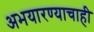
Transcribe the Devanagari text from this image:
अभयारण्याचाही